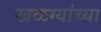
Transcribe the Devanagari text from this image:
खळग्यांच्या